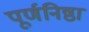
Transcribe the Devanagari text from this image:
पूर्णनिष्ठा